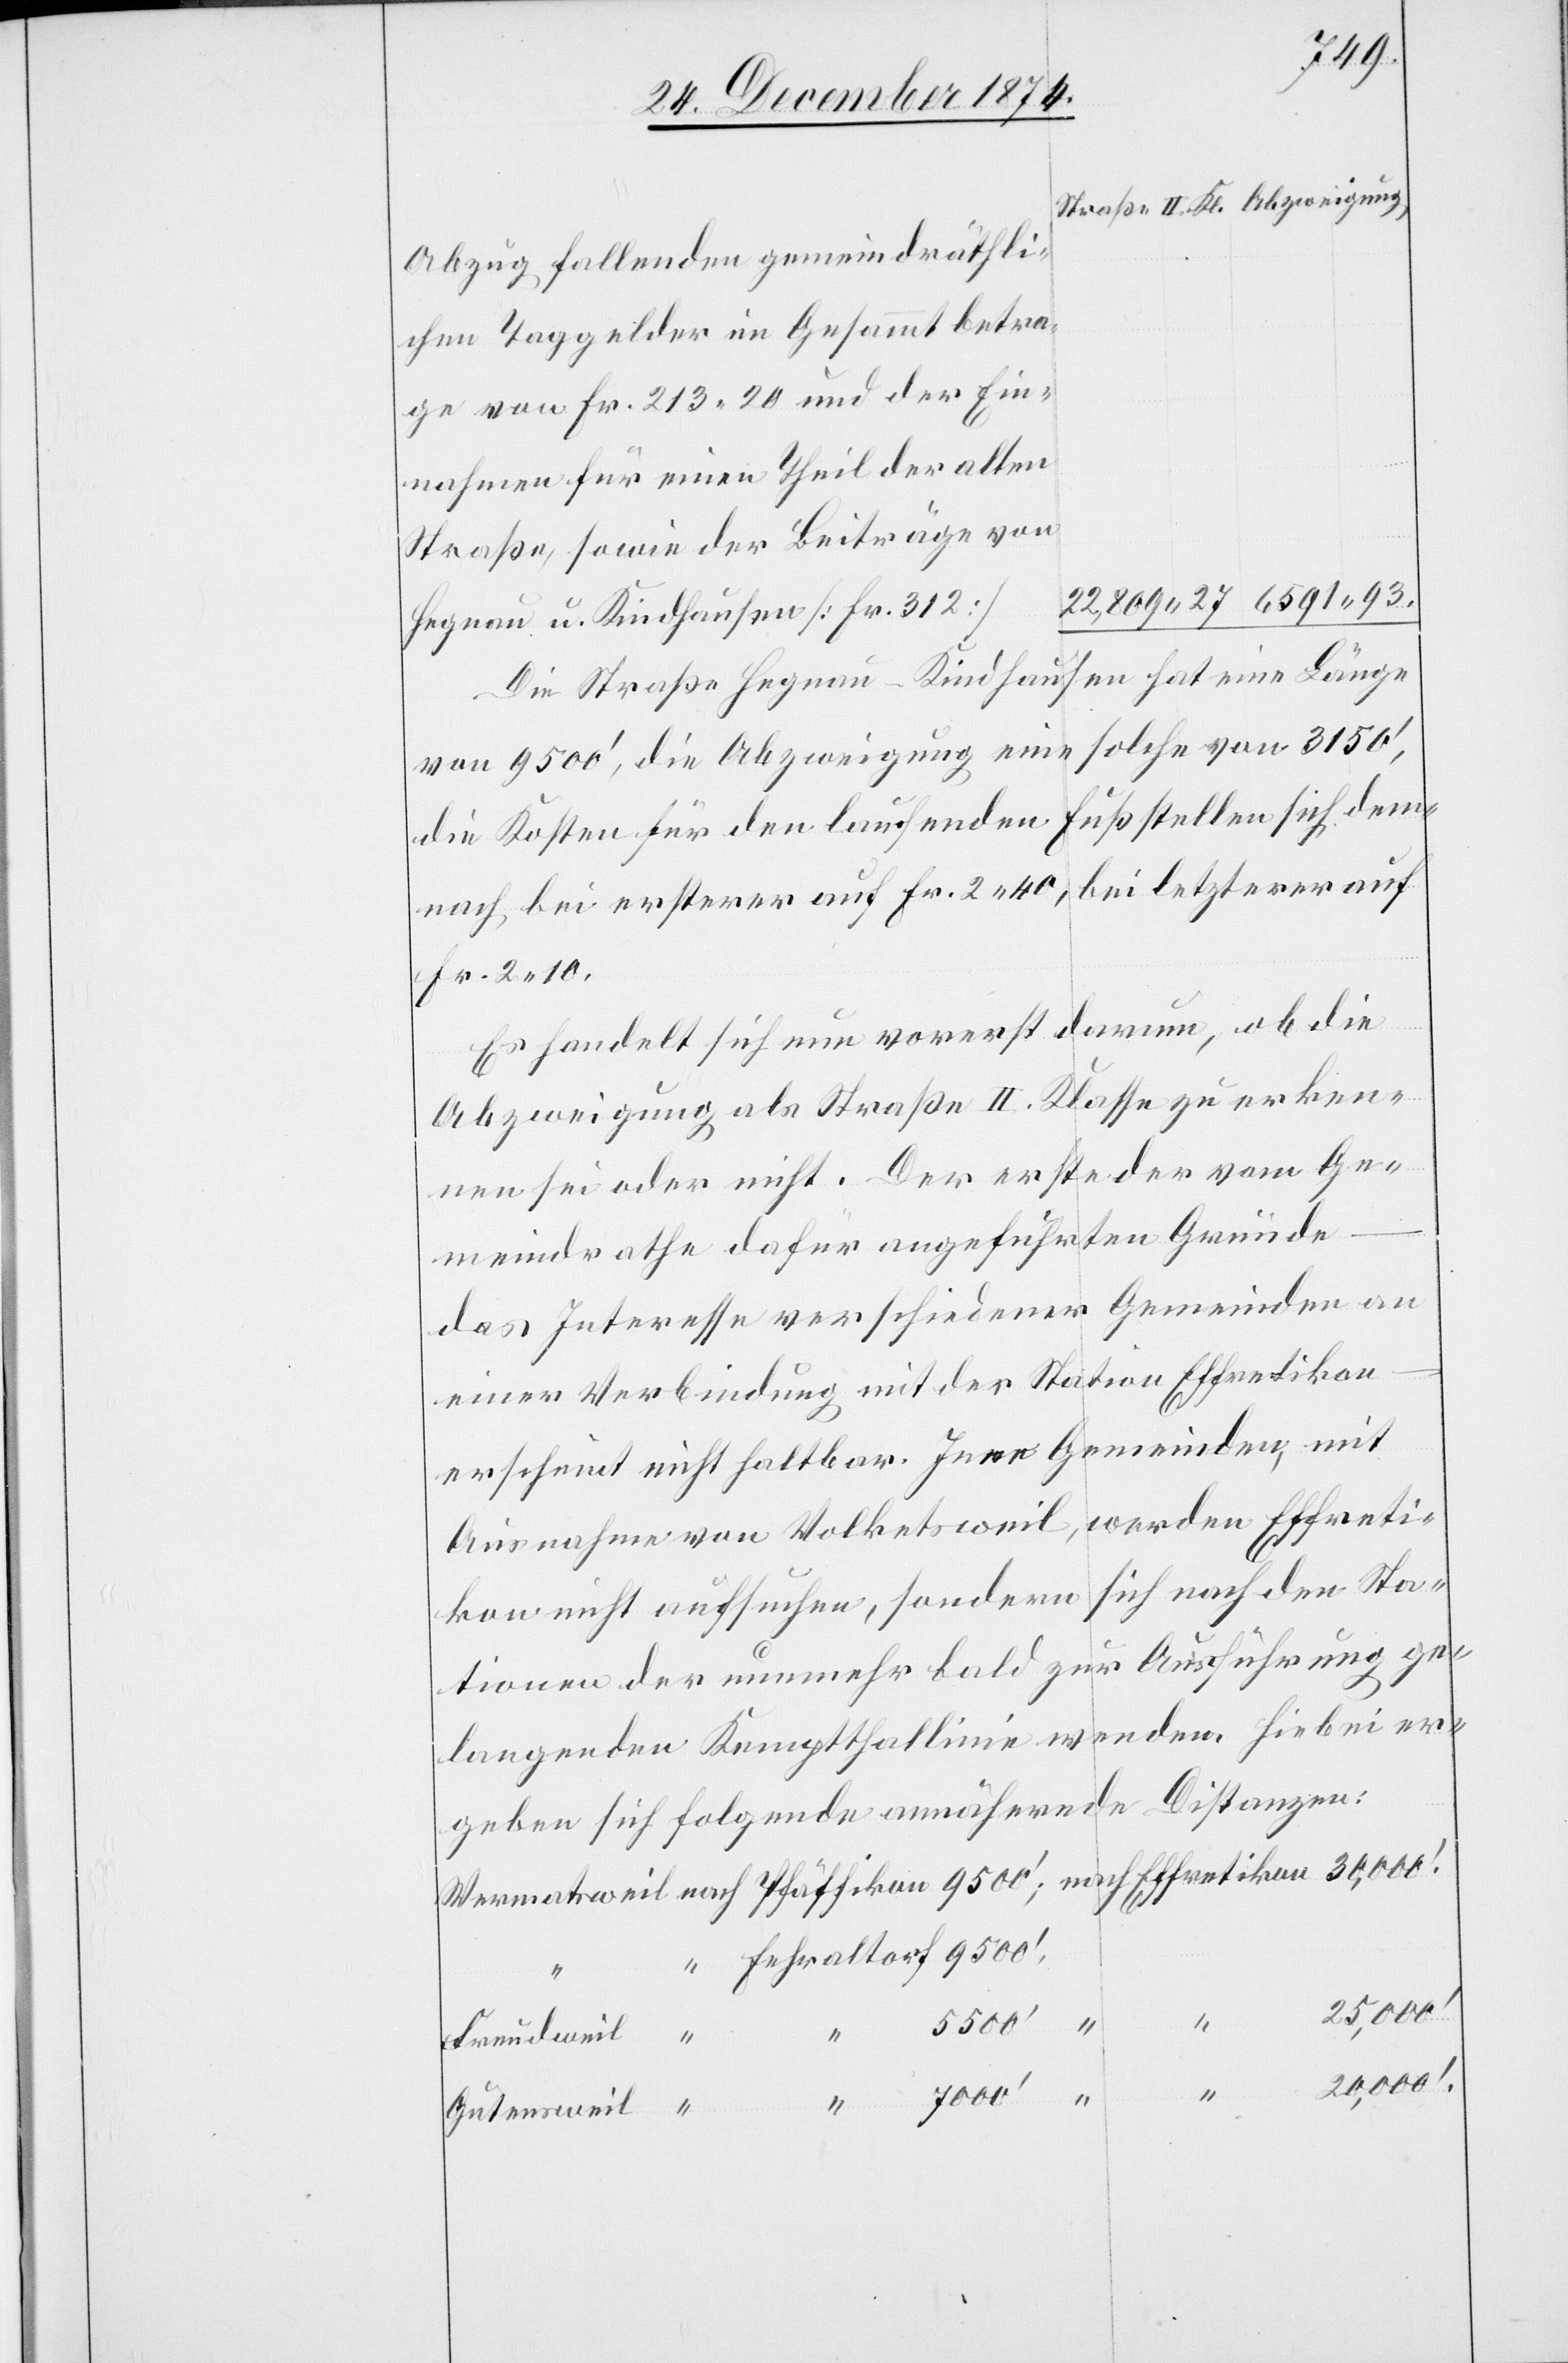
Abzug fallenden gemeindräthli¬
chen Taggelder im Gesammtbetra¬
ge von Fr. 213.20 und der Ein¬
nahmen für einen Theil der alten
Straße, sowie der Beiträge von
Hegnau u. Kindhausen [Fr. 312]
Die Straße Hegnau–Kindhausen hat eine Länge
solche von 3150‘,
von 9500‘, die Abzweigung eine
die Kosten für den laufenden Fuß stellen sich dem¬
nach bei ersterer auf Fr. 2.40, bei letzterer auf
Fr. 2.10.
Es handelt sich nun vorerst darum, ob die
Abzweigung als Straße II. Klasse zu erken¬
nen sei oder nicht. Der erste der vom Ge¬
meindrathe dafür angeführten Gründe
das Interesse verschiedener Gemeinden an
einer Verbindung mit der Station Effretikon
erscheint nicht haltbar. Jene Gemeinden, mit
Ausnahme von Volketsweil, werden Effreti¬
kon nicht aufsuchen, sondern sich nach den Sta¬
tionen der nunmehr bald zur Ausführung ge¬
enden. Hiebei er¬
langenden Kempthallinie w¬
geben sich folgende annähernde Distanzen:
9500‘
Freudweil
20,000‘.
“